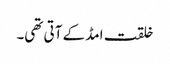
خلقت امڈ کے آتی تھی۔